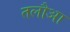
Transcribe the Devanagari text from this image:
तलौआ